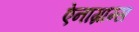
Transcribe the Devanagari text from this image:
ऐनाग्राम्स